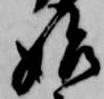
始